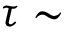
\tau \sim